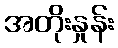
အတိုးနှုန်း